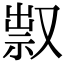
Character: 𠭥